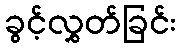
ခွင့်လွှတ်ခြင်း